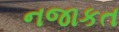
નજાકત